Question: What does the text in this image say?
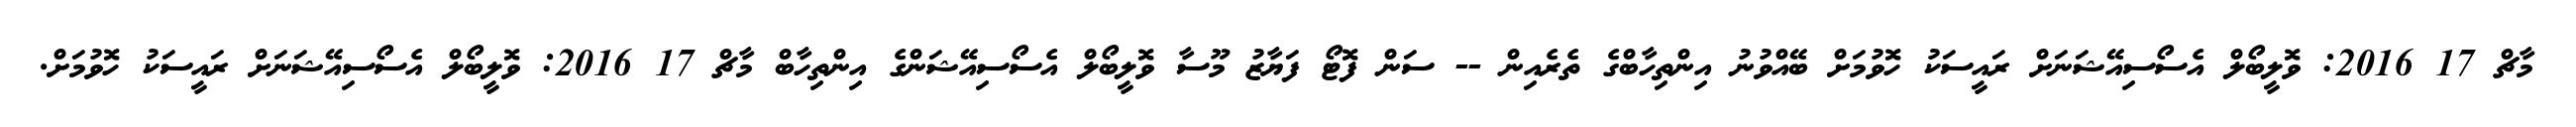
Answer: މާޗް 17 2016: ވޮލީބޯލް އެސޯސިއޭޝަނަށް ރައީސަކު ހޮވުމަށް ބޭއްވުނު އިންތިހާބްގެ ތެރެއިން -- ސަން ފޮޓޯ ފަޔާޒު މޫސާ ވޮލީބޯލް އެސޯސިއޭޝަންގެ އިންތިހާބް މާޗް 17 2016: ވޮލީބޯލް އެސޯސިއޭޝަނަށް ރައީސަކު ހޮވުމަށް.